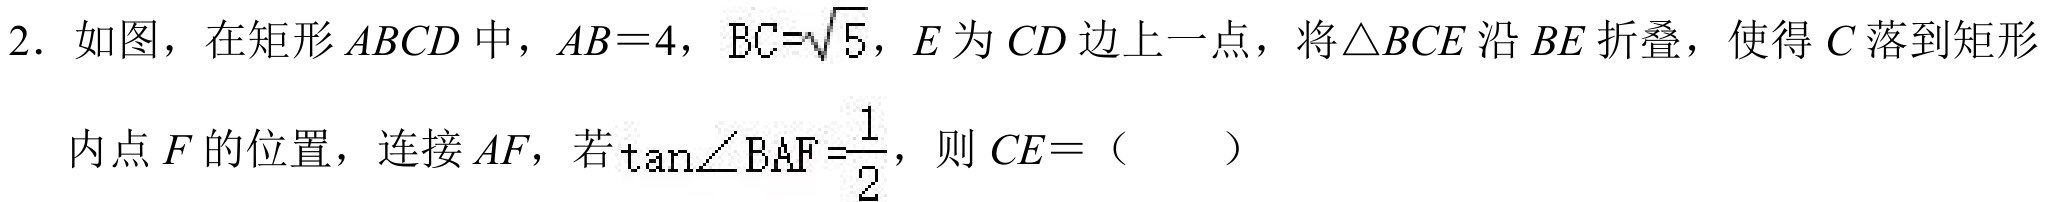
2. 如图，在矩形 \(ABCD\) 中，\(AB = 4\)，\(BC=\sqrt{5}\)，\(E\) 为 \(CD\) 边上一点，将 \(\triangle BCE\) 沿 \(BE\) 折叠，使得 \(C\) 落到矩形
内点 \(F\) 的位置，连接 \(AF\)，若 \(\tan\angle BAF =\frac{1}{2}\)，则 \(CE=\)（  ）